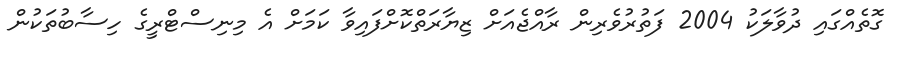
ގޮތެއްގައި ދުވާލަކު 2004 ފަތުރުވެރިން ރާއްޖެއަށް ޒިޔާރަތްކޮށްފައިވާ ކަމަށް އެ މިނިސްޓްރީގެ ހިސާބުތަކުން